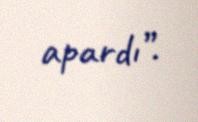
apardı”.